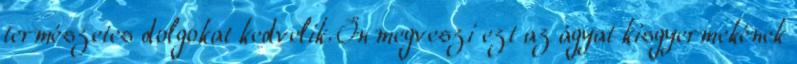
természetes dolgokat kedvelik. Ön megveszi ezt az ágyat kisgyermekének